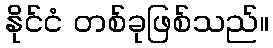
နိုင်ငံ တစ်ခုဖြစ်သည်။